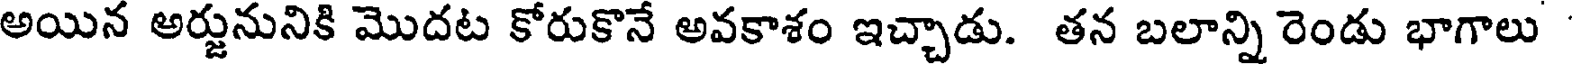
అయిన అర్జునునికి మొదట కోరుకొనే అవకాశం ఇచ్చాడు. తన బలాన్ని రెండు భాగాలు